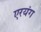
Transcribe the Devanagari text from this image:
एरयंग